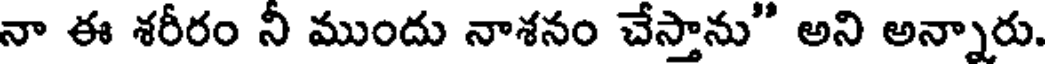
నా ఈ శరీరం నీ ముందు నాశనం చేస్తాను" అని అన్నారు.